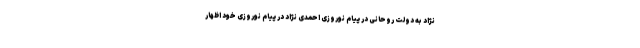
نژاد به دولت روحانی در پیام نوروزی احمدی نژاد در پیام نوروزی خود اظهار